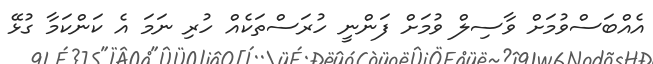
އެއްބަސްވުމަށް ވާސިލް ވުމަށް ފަންނީ ހުރަސްތަކެއް ހުރި ނަމަ އެ ކަންކަމާ ގުޅޭ